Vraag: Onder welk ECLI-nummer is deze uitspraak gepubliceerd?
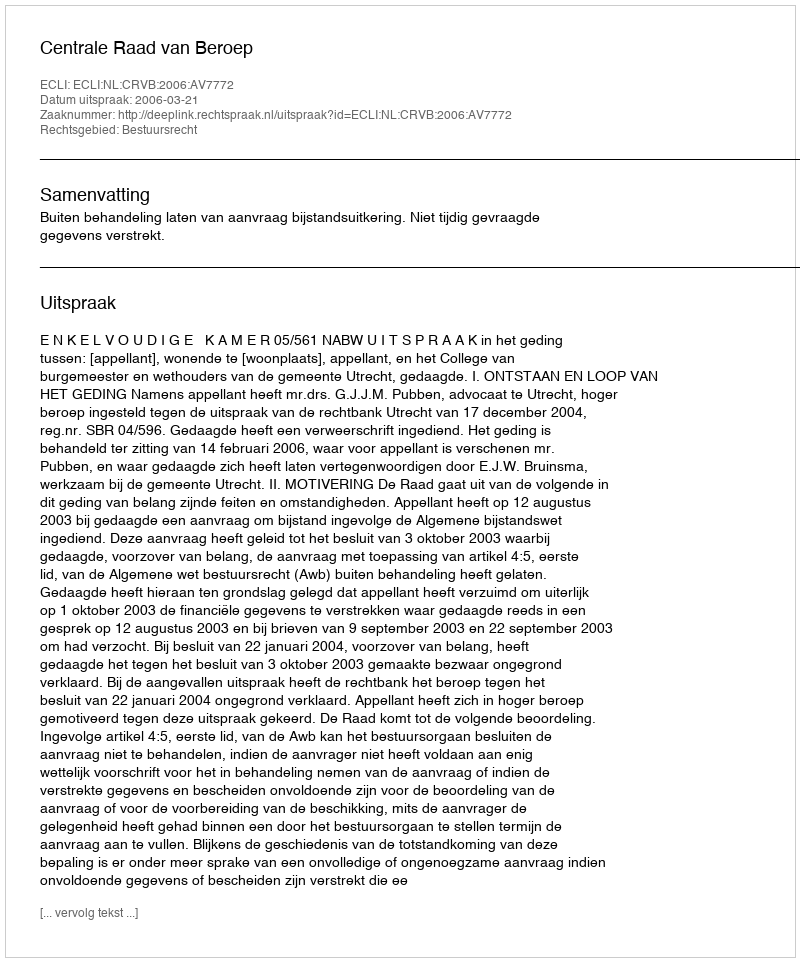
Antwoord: ECLI:NL:CRVB:2006:AV7772